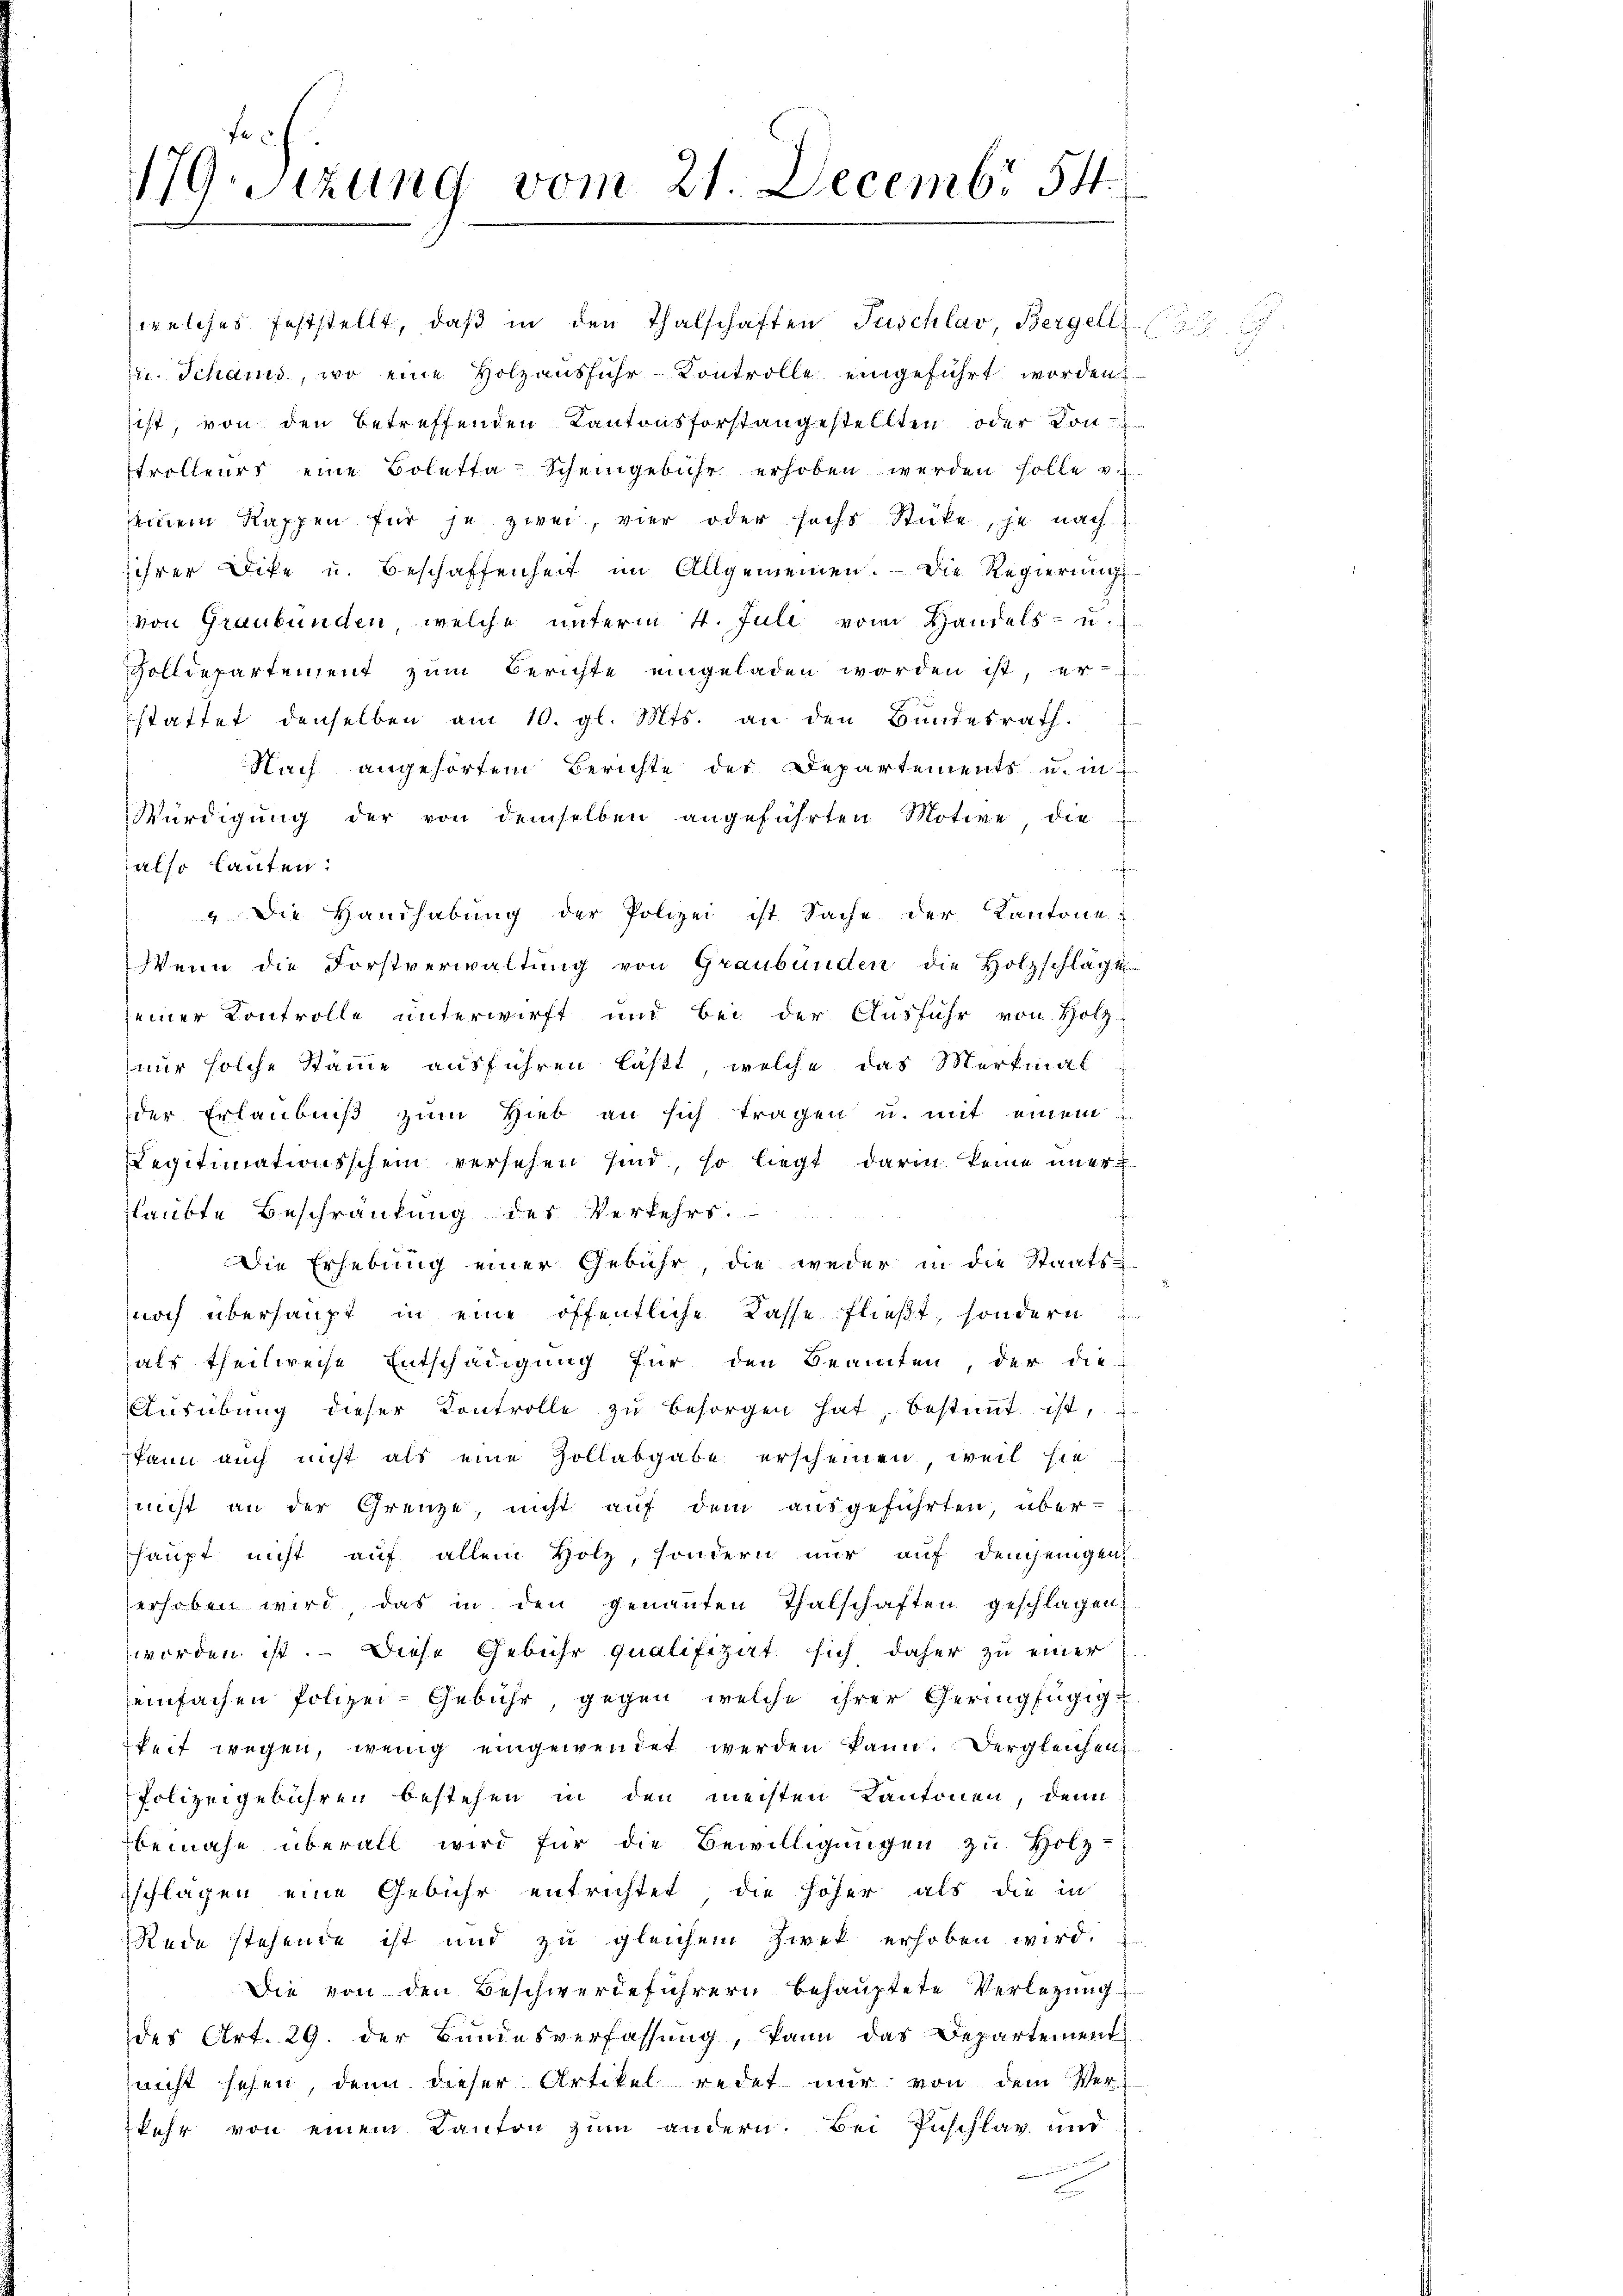
179. Sizung vom 21. Decembr 54.

seinem Rappen für je zwei, vier oder sechs Stücke, je nach
sihrer Dike u. Beschaffenheit im Allgemeinen. - Die Regierung
von Graubünden, welche unterm 4. Juli vom Handels- u.
Zolldepartement zum Berichte eingeladen worden ist, er-
stattet denselben am 10. gl. Mts. an den Bundesrath.
Nach angehörtem Berichte des Departements u. in
Würdigŭng der von demselben angeführten Motive, die
also lauten:
aifen
" Die Handhabŭng der Polizei ist Sache der Kantone
Wenn die Forstverwaltung von Graubünden die Holzschlägt
seiner Controlle unterwirft und bei der Ausführ von Holz-
nur solche Stämme ausführen läßt, welche das Merkmal
der Erlaubniß zum Hieb an sich tragen u. mit einem
Legitimationsschein versehen sind, so liegt darin keine unerglaubte Beschränkung des Verkehrs.
Die Erhebung einer Gebühr, die weder in die Staats-
noch überhaupt in eine öffentliche Kasse fließt, sondern
als theilweise Entschädigung für den Beamten, der die
Aŭsübŭng dieser Kontrolle zŭ besorgen hat, bestimmt ist,
kann auch nicht als eine Zollabgabe erscheinen, weil sie
nicht an der Grenze, nicht auf dem ausgeführten, über
haupt nicht auf allein Holz, sondern nur auf demjenigen
erhoben wird das in den genannten Thalschaften geschlagen
worden ist. — Diese Gebühr qualifizirt sich daher zu einer
einfachen Polizei-Gebühr, gegen welche ihrer Geringfügigkeit wegen, wenig eingewendet werden kann. Dergleichen
Polizeigebühren bestehen in den meisten Kantonen, denn
beinahe überall wird für die Bewilligŭngen zu Holz-
schlagen eine Gebühr entrichtet die höher als die in
Rede stehende ist und zu gleichem Zwek erhoben wird.
Die von den Beschwerdeführern behauptete Verlegung
des Art. 29. der Bundesverfassung, kann das Departement
nicht sehen, denn dieser Artikel redet nur von dem Ver-
kehr von einem Kanton zum andern. Bei Zuschlav und
u

n

welches feststellt, daβ in den Thalschaften Puschlav, Bergell Z
ie. Schaus, wo eine Holzausführ-Kontrolle eingeführt worden
sist, von den betreffenden Kantonsforstangestellten oder Kon-
Etrolleurs eine Boletta-Scheingebühr erhoben werden solle v.